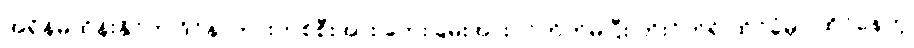
အရှိန်မထိန်းနိုင်ဘဲ ဒိုင်နာကားတစ်စီးအား ဘေးခြမ်းအားဝင်တိုက်မိပြီး တိုးဂိတ်ရှိ ထိုင်ခုံမှာ ထိုင်နေတဲ့